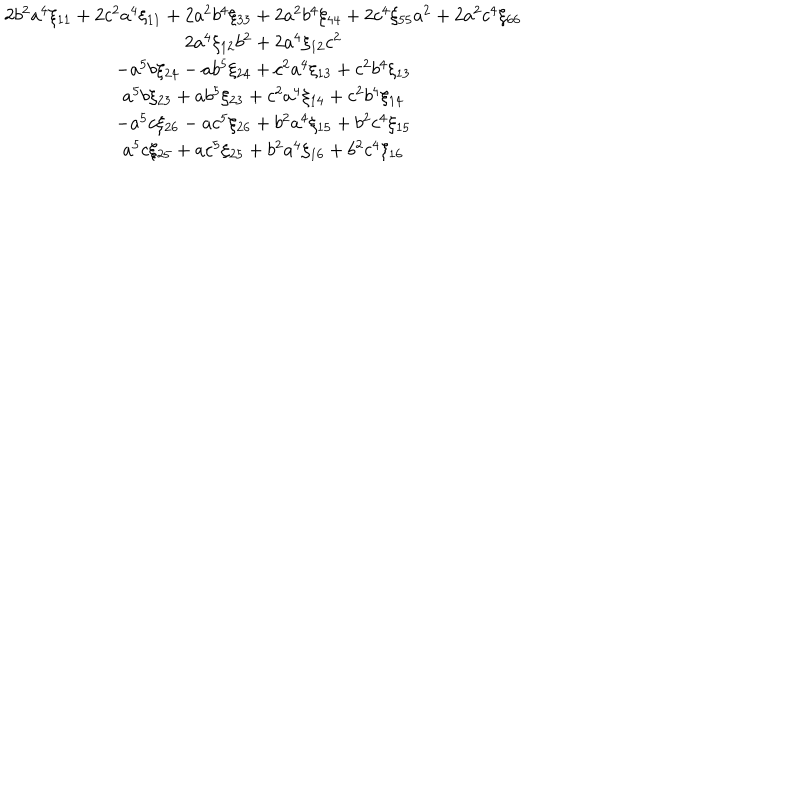
\begin{array} { c } { { 2 b ^ { 2 } a ^ { 4 } \xi _ { 1 1 } + 2 c ^ { 2 } a ^ { 4 } \xi _ { 1 1 } + 2 a ^ { 2 } b ^ { 4 } \xi _ { 3 3 } + 2 a ^ { 2 } b ^ { 4 } \xi _ { 4 4 } + 2 c ^ { 4 } \xi _ { 5 5 } a ^ { 2 } + 2 a ^ { 2 } c ^ { 4 } \xi _ { 6 6 } } } \\ { { 2 a ^ { 4 } \xi _ { 1 2 } b ^ { 2 } + 2 a ^ { 4 } \xi _ { 1 2 } c ^ { 2 } } } \\ { { - a ^ { 5 } b \xi _ { 2 4 } - a b ^ { 5 } \xi _ { 2 4 } + c ^ { 2 } a ^ { 4 } \xi _ { 1 3 } + c ^ { 2 } b ^ { 4 } \xi _ { 1 3 } } } \\ { { a ^ { 5 } b \xi _ { 2 3 } + a b ^ { 5 } \xi _ { 2 3 } + c ^ { 2 } a ^ { 4 } \xi _ { 1 4 } + c ^ { 2 } b ^ { 4 } \xi _ { 1 4 } } } \\ { { - a ^ { 5 } c \xi _ { 2 6 } - a c ^ { 5 } \xi _ { 2 6 } + b ^ { 2 } a ^ { 4 } \xi _ { 1 5 } + b ^ { 2 } c ^ { 4 } \xi _ { 1 5 } } } \\ { { a ^ { 5 } c \xi _ { 2 5 } + a c ^ { 5 } \xi _ { 2 5 } + b ^ { 2 } a ^ { 4 } \xi _ { 1 6 } + b ^ { 2 } c ^ { 4 } \xi _ { 1 6 } } } \\ \end{array}